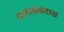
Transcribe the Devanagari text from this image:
प्राणसंकटास